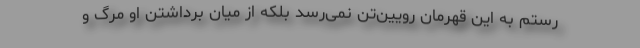
رستم به این قهرمان رویین‌تن نمی‌رسد بلکه از میان برداشتن او مرگ و